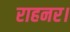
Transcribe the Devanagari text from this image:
राहनर।